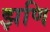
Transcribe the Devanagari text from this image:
झणि